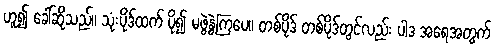
ဟူ၍ ခေါ်ဆိုသည်။ သုံးပိုဒ်ထက် ပို၍ မဖွဲ့နွဲ့ကြပေ။ တစ်ပိုဒ် တစ်ပိုဒ်တွင်လည်း ပါဒ အရေအတွက်